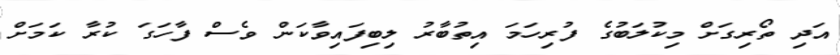
އަދި ތޯރިގަށް މިކުލަބުގެ ފުރިހަމަ އިތުބާރު ލިބިފައިވާކަން ވެސް ފާހަގަ ކުރާ ކަމަށް